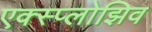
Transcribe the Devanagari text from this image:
एक्स्प्लोझिव